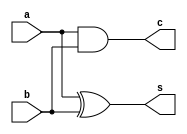
module halfadder(a,b,s,c);
input a,b;
output s,c;
xor xor1(s,a,b);
and and1(c,a,b);
endmodule